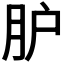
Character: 𦙅